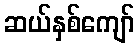
ဆယ်နှစ်ကျော်